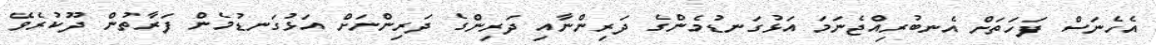
އެހެނަސް ފަހަތަށް އެނބުރިއްޖެނަމަ އަޅުގަނޑުމެންގެ ދަރިންނާއި ދަރިންގެ ދަރިންނަށް އަޅުގަނޑުމެން ފަރާތުން ދޫކުރެވޭ